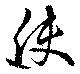
使